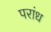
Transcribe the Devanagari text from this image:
परांध